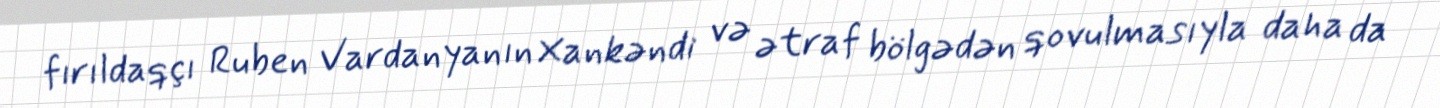
fırıldaqçı Ruben Vardanyanın Xankəndi və ətraf bölgədən qovulmasıyla daha da